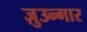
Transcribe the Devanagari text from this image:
ज़ुउन्गार